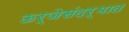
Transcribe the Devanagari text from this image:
ऊर्जेसंदर्भात